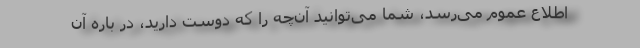
اطلاع عموم می‌رسد، شما می‌توانید آن‌چه را که دوست دارید، در باره آن